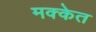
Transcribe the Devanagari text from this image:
मक्केत